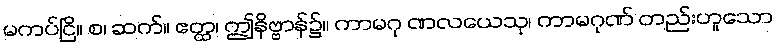
မကပ်ငြိ။ စ၊ ဆက်။ ဧတ္ထ၊ ဤနိဗ္ဗာန်၌။ ကာမဂု ဏလယေသု၊ ကာမဂုဏ် တည်းဟူသော